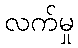
လက်မှု